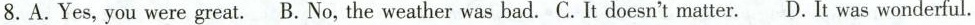
8.A.Yes,you were great. B.No, the weather was bad. C. It doesn't matter. D. It was wonderful.